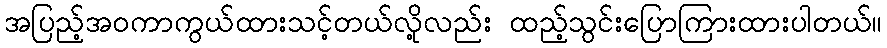
အပြည့်အဝကာကွယ်ထားသင့်တယ်လို့လည်း ထည့်သွင်းပြောကြားထားပါတယ်။